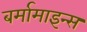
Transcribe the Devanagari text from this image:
बर्मामाइन्स